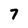
Character: 7